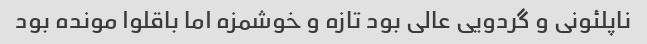
ناپلئونی و گردویی عالی بود تازه و خوشمزه اما باقلوا مونده بود